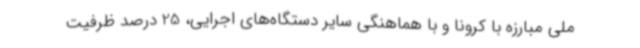
ملی مبارزه با کرونا و با هماهنگی سایر دستگاه‌های اجرایی، 25 درصد ظرفیت